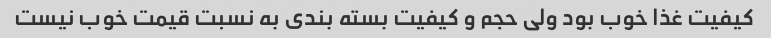
کیفیت غذا خوب بود ولی حجم و کیفیت بسته بندی به نسبت قیمت خوب نیست